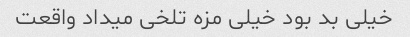
خیلی بد بود خیلی مزه تلخی میداد واقعت